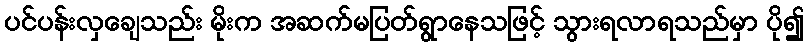
ပင်ပန်းလှချေသည်း မိုးက အဆက်မပြတ်ရွာနေသဖြင့် သွားရလာရသည်မှာ ပို၍